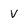
Character: V